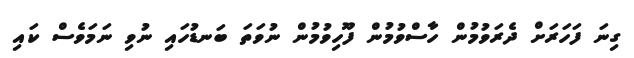
ގިނަ ފަހަރަށް ދެރަވުމުން ހާސްވުމުން ފޫހިވުމުން ނުވަތަ ބަނޑުހައި ނުވި ނަމަވެސް ކައި